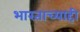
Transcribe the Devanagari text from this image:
भारताच्याही